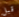
قبل